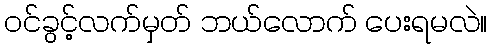
ဝင်ခွင့်လက်မှတ် ဘယ်လောက် ပေးရမလဲ။